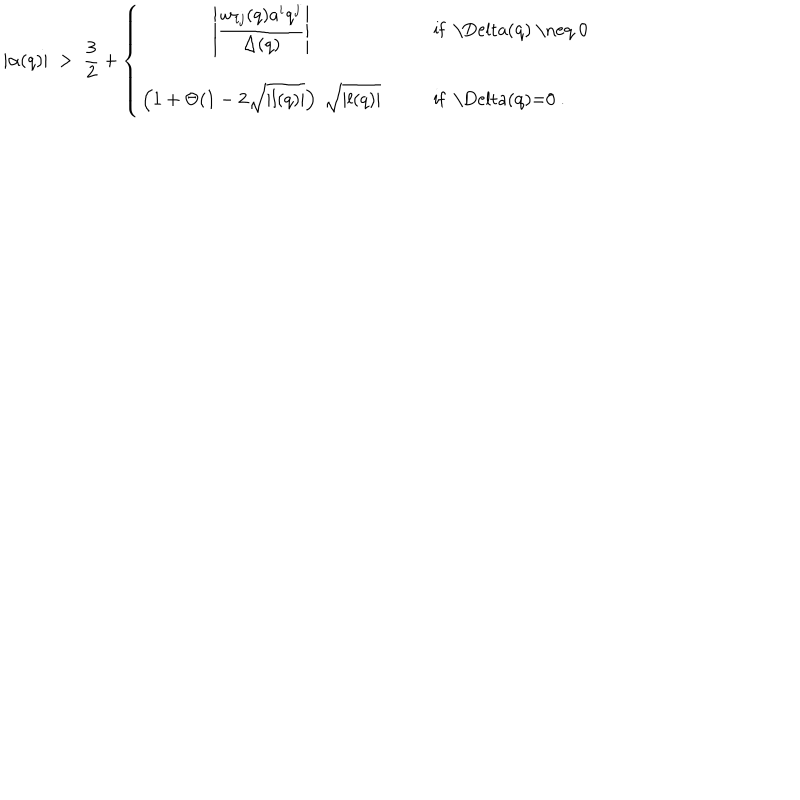
| \alpha ( q ) | \; > \; \frac { 3 } { 2 } + \left\{ \begin{array} { c c l } { { \displaystyle \left| \frac { w _ { i j } ( q ) a ^ { i } q ^ { j } } { \Delta ( q ) } \right| } } & { { } } & { { { \mathrm { i f ~ \Delta ( q ) ~ \neq ~ 0 ~ } } } } \\ { { \displaystyle \left( 1 + \Theta ( 1 - 2 \sqrt { | l ( q ) | } \right) \: \sqrt { | l ( q ) | } } } & { { } } & { { { \mathrm { i f ~ \Delta ( q ) = 0 ~ } } . } } \\ \end{array} \right.